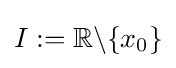
I:=\mathbb {R} \backslash \lbrace x_{0}\rbrace